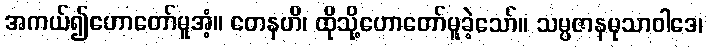
အကယ်၍ဟောတော်မူအံ့။ တေနဟိ၊ ထိုသို့ဟောတော်မူခဲ့သော်။ သမ္ပဇာနမုသာဝါဒေ၊